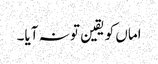
اماں کو یقین تو نہ آیا۔